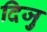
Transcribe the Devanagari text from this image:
दिजु